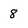
Character: 8